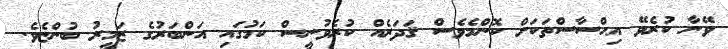
ވޭނާ ކުރެވޭ އިޙްސާސްތަކަށް ކޮންމެވެސް ޤަދަރެއް ކުރެވުނީސް ކަމުގައި އަންބަރުގެ ޒަމީރު ބުންޏެވެ.